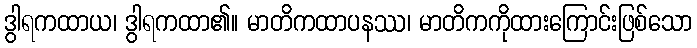
ဒွါရကထာယ၊ ဒွါရကထာ၏။ မာတိကထာပနဿ၊ မာတိကကိုထားကြောင်းဖြစ်သော